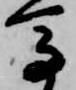
馬